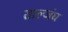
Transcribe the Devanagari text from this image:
ताल्जंघ